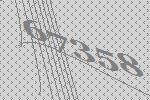
67358